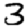
Digit: 3